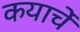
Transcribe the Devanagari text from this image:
कयाचें